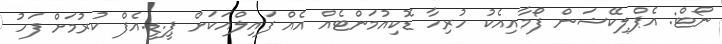
ނޯޓް: އެޕްލިކޭޝަން ފޯމާއިއެކު ހުރިހާ ޑޮކިއުމަންޓެއް އެއް ފައިލްއަކަށް ޕީ.ޑީ.އެފް ކުރުމަށް ފަހު